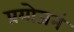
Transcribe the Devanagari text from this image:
प्रयोजनं